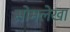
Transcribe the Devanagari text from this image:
सोमलेखा